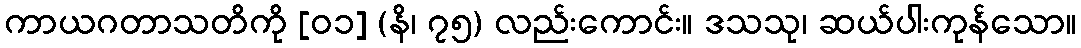
ကာယဂတာသတိကို [၀၁] (နိ၊ ၇၅) လည်းကောင်း။ ဒသသု၊ ဆယ်ပါးကုန်သော။